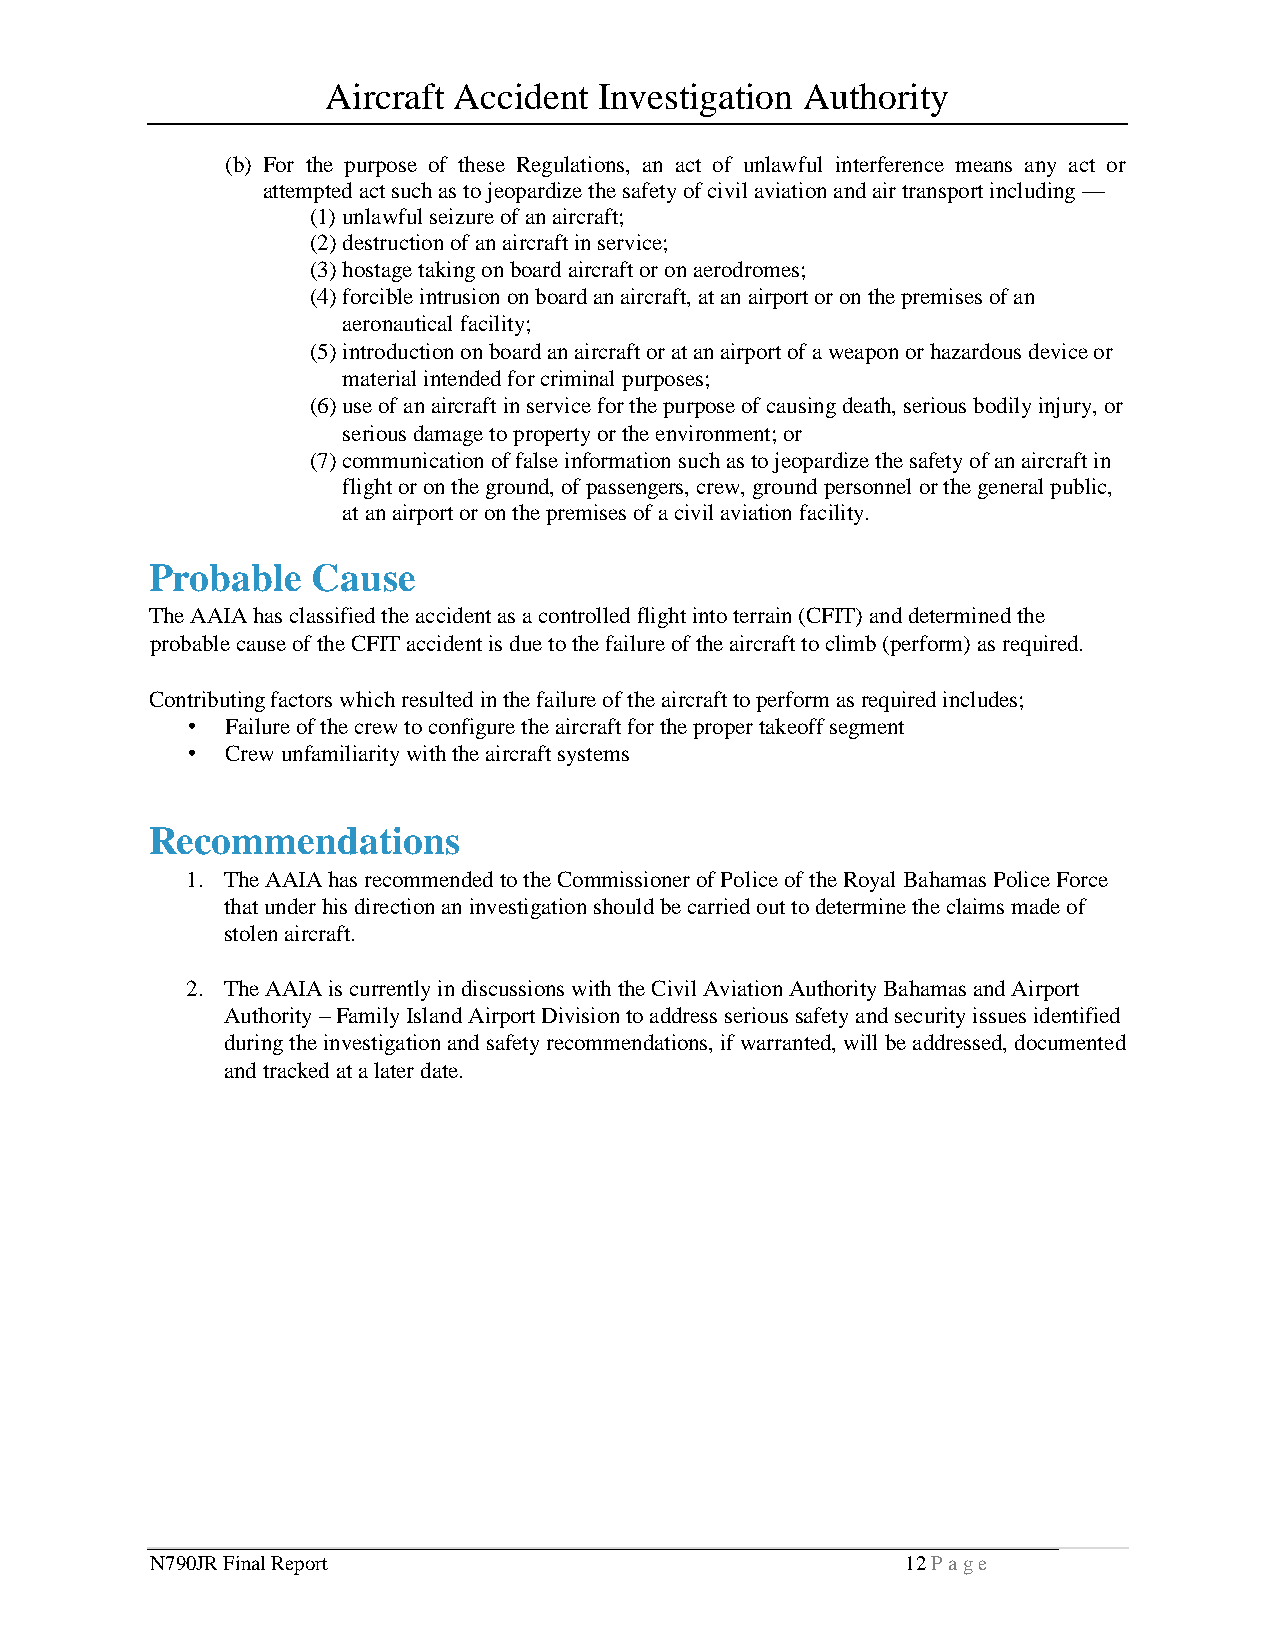
Aircraft Accident Investigation Authority
 (b) For the purpose of these Regulations, an act of unlawful interference means any act or
 attempted act such as to jeopardize the safety of civil aviation and air transport including —
 (1) unlawful seizure of an aircraft;
 (2) destruction of an aircraft in service;
 (3) hostage taking on board aircraft or on aerodromes;
 (4) forcible intrusion on board an aircraft, at an airport or on the premises of an
 aeronautical facility;
 (5) introduction on board an aircraft or at an airport of a weapon or hazardous device or
 material intended for criminal purposes;
 (6) use of an aircraft in service for the purpose of causing death, serious bodily injury, or
 serious damage to property or the environment; or
 (7) communication of false information such as to jeopardize the safety of an aircraft in
 flight or on the ground, of passengers, crew, ground personnel or the general public,
 at an airport or on the premises of a civil aviation facility.
 Probable   Cause
 The AAIA has classified the accident as a controlled flight into terrain (CFIT) and determined the
 probable cause of the CFIT accident is due to the failure of the aircraft to climb (perform) as required.
 Contributing factors which resulted in the failure of the aircraft to perform as required includes;
 •  Failure of the crew to configure the aircraft for the proper takeoff segment
 •  Crew unfamiliarity with the aircraft systems
 Recommendations
 1. The AAIA has recommended to the Commissioner of Police of the Royal Bahamas Police Force
 that under his direction an investigation should be carried out to determine the claims made of
 stolen aircraft.
 2. The AAIA is currently in discussions with the Civil Aviation Authority Bahamas and Airport
 Authority – Family Island Airport Division to address serious safety and security issues identified
 during the investigation and safety recommendations, if warranted, will be addressed, documented
 and tracked at a later date.
 N790JR Final Report                               12 P a g e